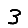
Digit: 3